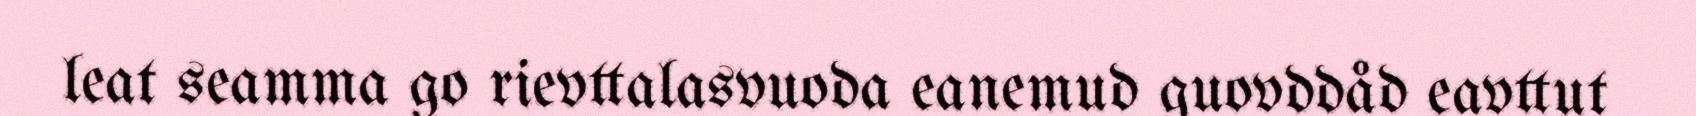
leat seamma go rievttalasvuoda eanemud guovddåd eavttut